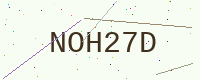
Text: NOH27D